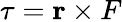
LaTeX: \tau=\mathbf{r}\times F